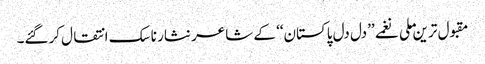
مقبول ترین ملی نغمے ’’دل دل پاکستان‘‘ کے شاعر نثار ناسک انتقال کرگئے۔